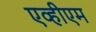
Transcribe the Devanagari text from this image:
एव्हीएम